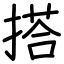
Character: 搭